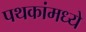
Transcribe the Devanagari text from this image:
पथकांमध्ये